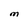
Character: M